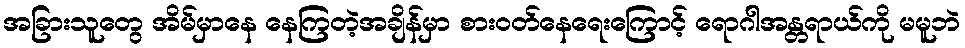
အခြားသူတွေ အိမ်မှာနေ နေကြတဲ့အချိန်မှာ စားဝတ်နေရေးကြောင့် ရောဂါအန္တရာယ်ကို မမူဘဲ